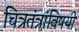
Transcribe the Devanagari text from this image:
चित्रतंत्रांविषयी